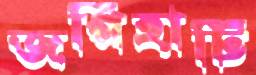
জগিহাটি